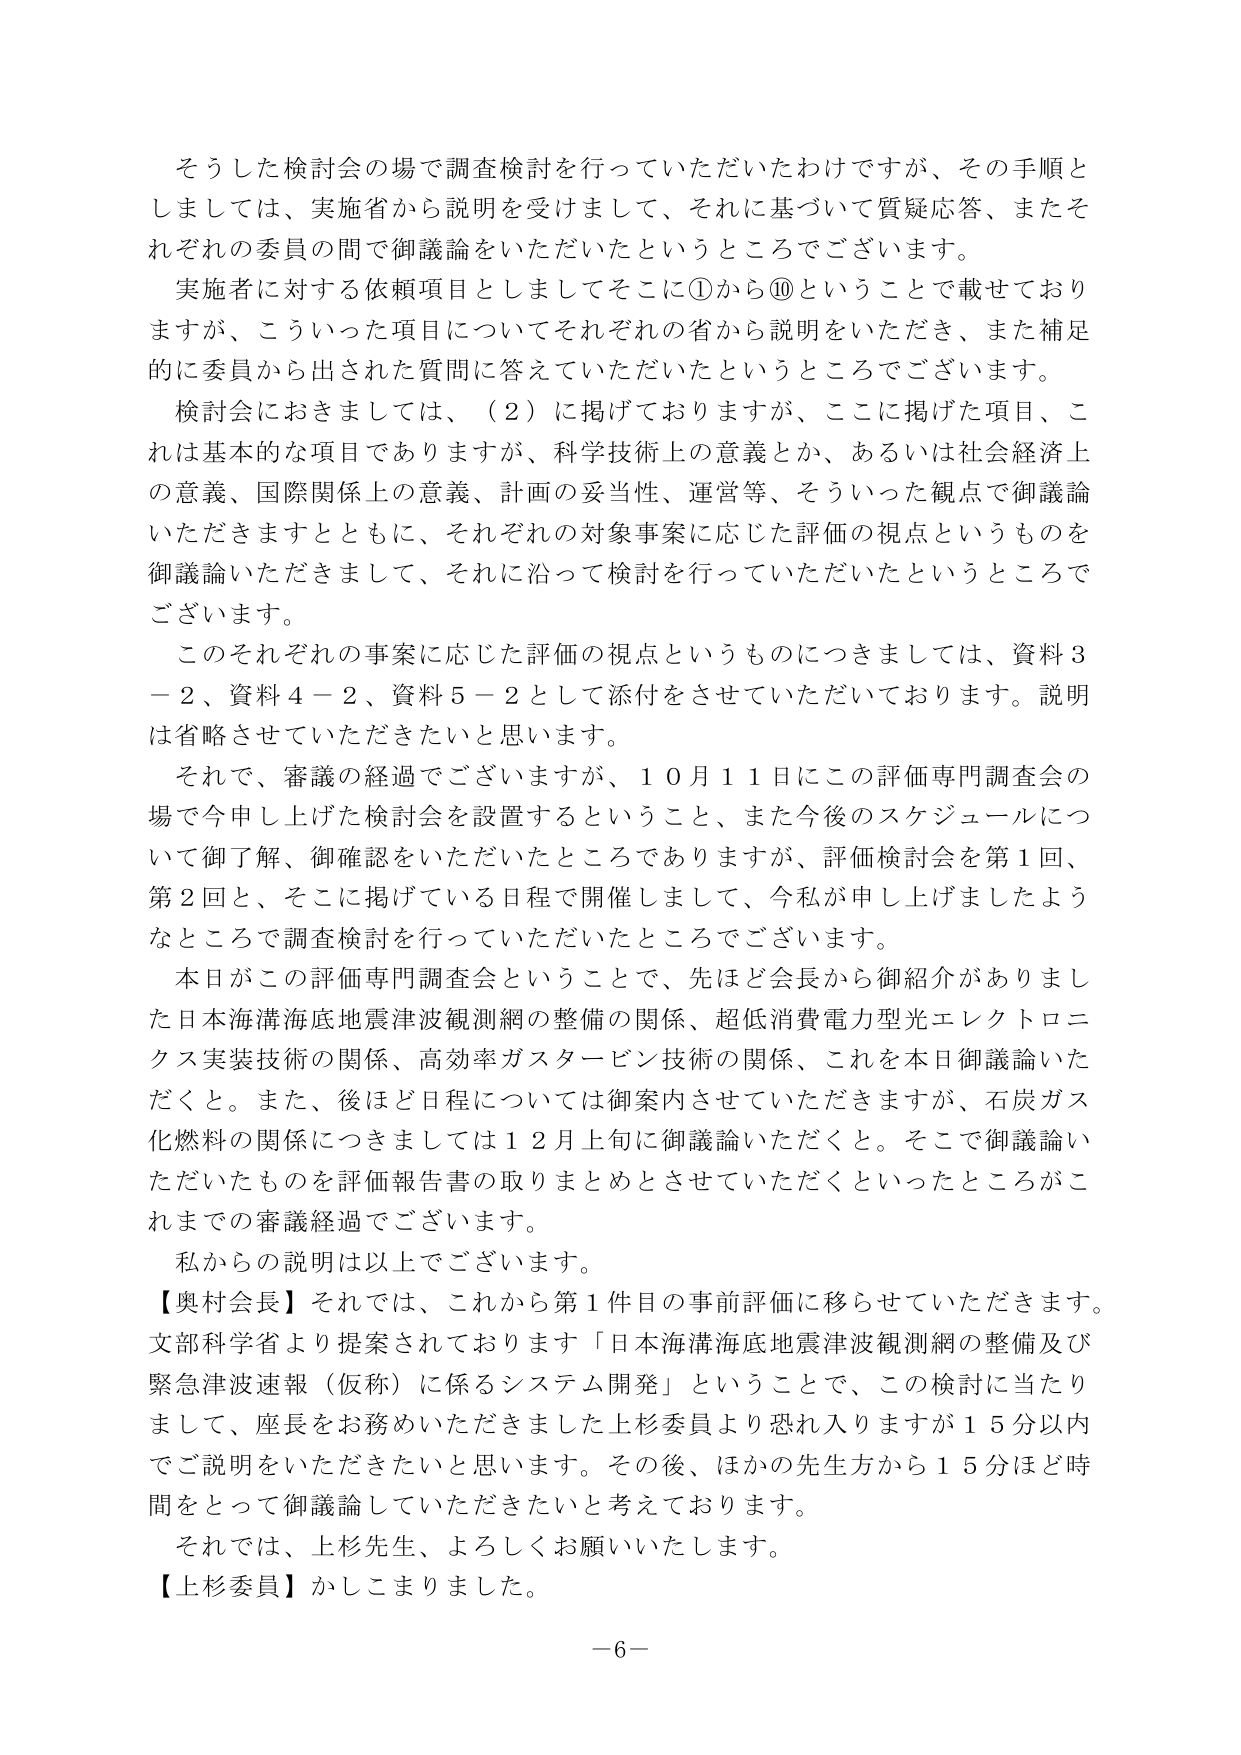
そうした検討会の場で調査検討を行っていただいたわけですが、その手順と
しましては、実施省から説明を受けまして、それに基づいて質疑応答、またそ
れぞれの委員の間で御議論をいただいたというところでございます。
実施者に対する依頼項目としましてそこに①から⑩ということで載せており
ますが、こういった項目についてそれぞれの省から説明をいただき、また補足
的に委員から出された質問に答えていただいたというところでございます。
検討会におきましては、（2）に掲げておりますが、ここに掲げた項目、こ
れは基本的な項目でありますが、科学技術上の意義とか、あるいは社会経済上
の意義、国際関係上の意義、計画の妥当性、運営等、そういった観点で御議論
いただきますとともに、それぞれの対象事案に応じた評価の視点というものを
御議論いただきますして、それに沿って検討を行っていただいたというところで
ございます。
このそれぞれの事案に応じた評価の視点というもののつきましては、資料3
－2、資料4－2、資料5－2として添付をさせていただいております。説明
は省略させていただきたいと思います。
それで、審議の経過でございますが、10月11日にこの評価専門調査会の
場で今申し上げた検討会を設置するということ、また今後のスケジュールにつ
いて御了解、御確認をいただいたところでありますが、評価検討会を第1回、
第2回と、そこに掲げている日程で開催しまして、今私が申し上げましたよう
なところで調査検討を行っていただいたところでございます。
本日がこの評価専門調査会ということで、先ほど会長から御紹介がありまし
た日本海溝海底地震津波観測網の整備の関係、超低消費電力型光エレクトロニ
クス実装技術の関係、高効率ガスタービン技術の関係、これを本日御議論いた
だくと。また、後ほど日程については御案内させていただきますが、石炭ガス
化燃料の関係につきましては12月上旬に御議論いただくと。そこで御議論い
ただいたものを評価報告書の取りまとめとさせていただくといったところがこ
れまでの審議経過でございます。
私からの説明は以上でございます。
【奥村会長】それでは、これから第1件目の事前評価に移らせていただきます。
文部科学省より提案されております「日本海溝海底地震津波観測網の整備及び
緊急津波速報（仮称）に係るシステム開発」ということで、この検討に当たり
まして、座長をお務めいただきました上杉委員より恐れ入りますが15分以内
でご説明をいただきたいと思います。その後、ほかの先生方から15分ほど時
間をとって御議論していただきたいと考えております。
それでは、上杉先生、よろしくお願いいたします。
【上杉委員】かしこまりました。
－6－